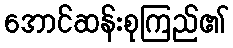
အောင်ဆန်းစုကြည်၏